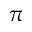
\pi